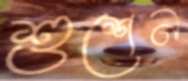
শুশেন